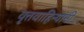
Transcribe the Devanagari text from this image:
वृत्तवाहिन्यांनी